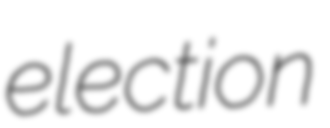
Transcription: election